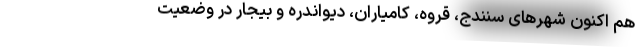
هم اکنون شهرهای سنندج، قروه، کامیاران، دیواندره و بیجار در وضعیت